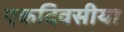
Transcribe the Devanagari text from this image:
एकदिवसीया